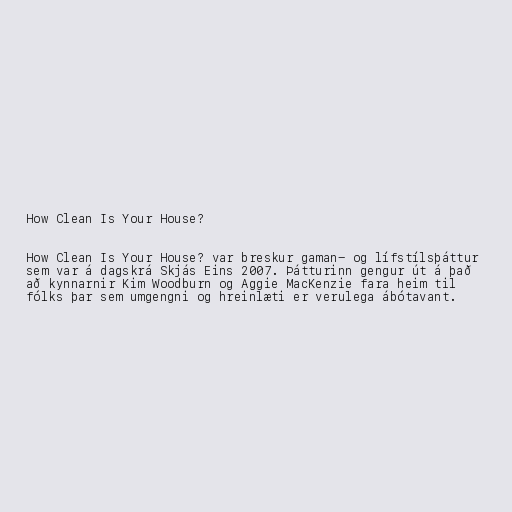
How Clean Is Your House?

How Clean Is Your House? var breskur gaman- og lífstílsþáttur
sem var á dagskrá Skjás Eins 2007. Þátturinn gengur út á það
að kynnarnir Kim Woodburn og Aggie MacKenzie fara heim til
fólks þar sem umgengni og hreinlæti er verulega ábótavant.